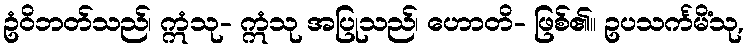
ဥံဝိဘတ်သည်၊ ဣံသု- ဣံသု အပြုသည်၊ ဟောတိ- ဖြစ်၏။ ဥပသင်္ကမိံသု,